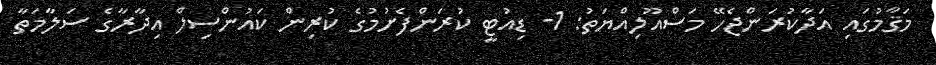
މަޤާމުގައި އަދާކުރަންޖެހޭ މަސްއޫލިއްޔަތު: 1- ޑިއުޓީ ކުރަންފެށުމުގެ ކުރިން ކައުންސިލް އިދާރާގެ ސަލާމަތާ